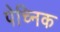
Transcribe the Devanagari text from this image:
पेच्निक